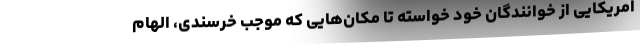
امریکایی از خوانندگان خود خواسته تا مکان‌هایی که موجب خرسندی، الهام